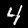
Label: 4